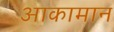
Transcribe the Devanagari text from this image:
आकामान